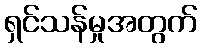
ရှင်သန်မှုအတွက်